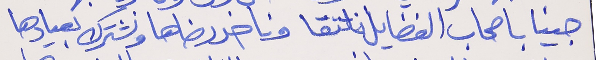
جينا باصحاب الفضايل نلتقا  وناخد رضاها ونشترك بعيادها